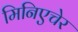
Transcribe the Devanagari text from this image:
मिनिएचेर